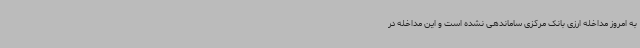
به امروز مداخله ارزی بانک مرکزی ساماندهی نشده است و این مداخله در